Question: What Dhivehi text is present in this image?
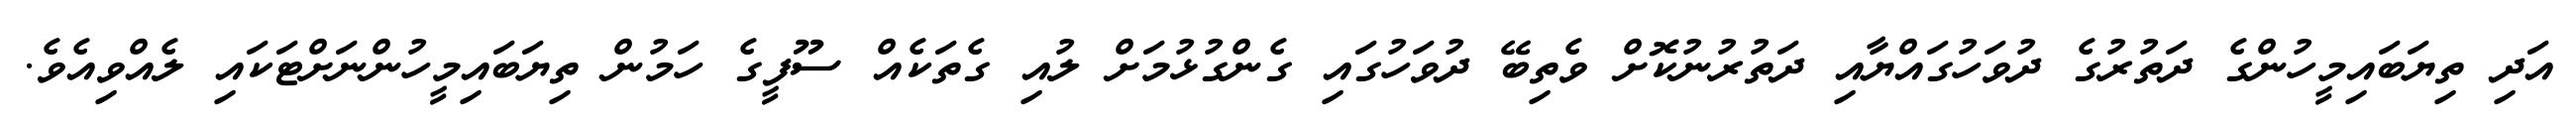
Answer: އަދި ތިޔަބައިމީހުންގެ ދަތުރުގެ ދުވަހުގައްޔާއި ދަތުރުނުކޮށް ވެތިބޭ ދުވަހުގައި ގެންގުޅުމަށް ލުއި ގެތަކެއް ސޫފީގެ ހަމުން ތިޔަބައިމީހުންނަށްޓަކައި ލެއްވިއެވެ.